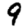
Digit: 9